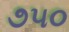
૭૫૦